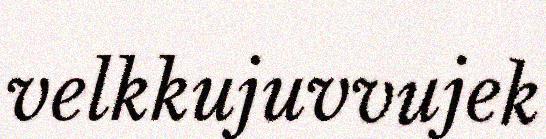
velkkujuvvujek